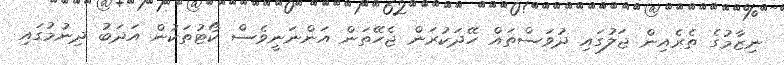
ނިޒާމުގެ ތެރެއިން ޖަލުގައި ދުވަސްތައް ހޭދަކުރަން ޖެހޭތަން އަންނަނީވެސް ކޯޓުތަކުން އަދަބު ދިނުމުގައި